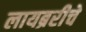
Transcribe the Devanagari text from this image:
लायब्ररीचे